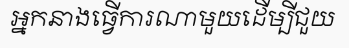
អ្នកនាងធ្វើការណាមួយដើម្បីជួយ